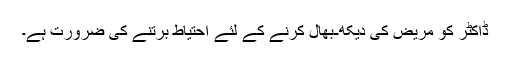
ڈاکٹر کو مریض کی دیکھ-بھال کرنے کے لئے احتیاط برتنے کی ضرورت ہے۔